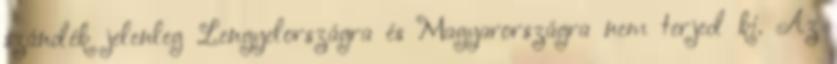
szándék jelenleg Lengyelországra és Magyarországra nem terjed ki. Az